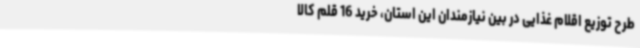
طرح توزیع اقلام غذایی در بین نیازمندان این استان، خرید 16 قلم کالا